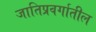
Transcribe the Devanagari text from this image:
जातिप्रवर्गातील